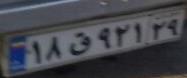
۱۸ق۹۲۱۲۹